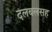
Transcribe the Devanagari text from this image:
दलबलसह